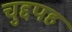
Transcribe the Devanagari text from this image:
चुद्दपह